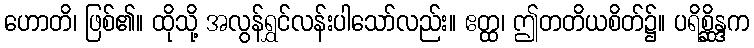
ဟောတိ၊ ဖြစ်၏။ ထိုသို့ အလွန်ရွှင်လန်းပါသော်လည်း။ ဧတ္ထ၊ ဤတတိယစိတ်၌။ ပရိစ္ဆိန္ဒက